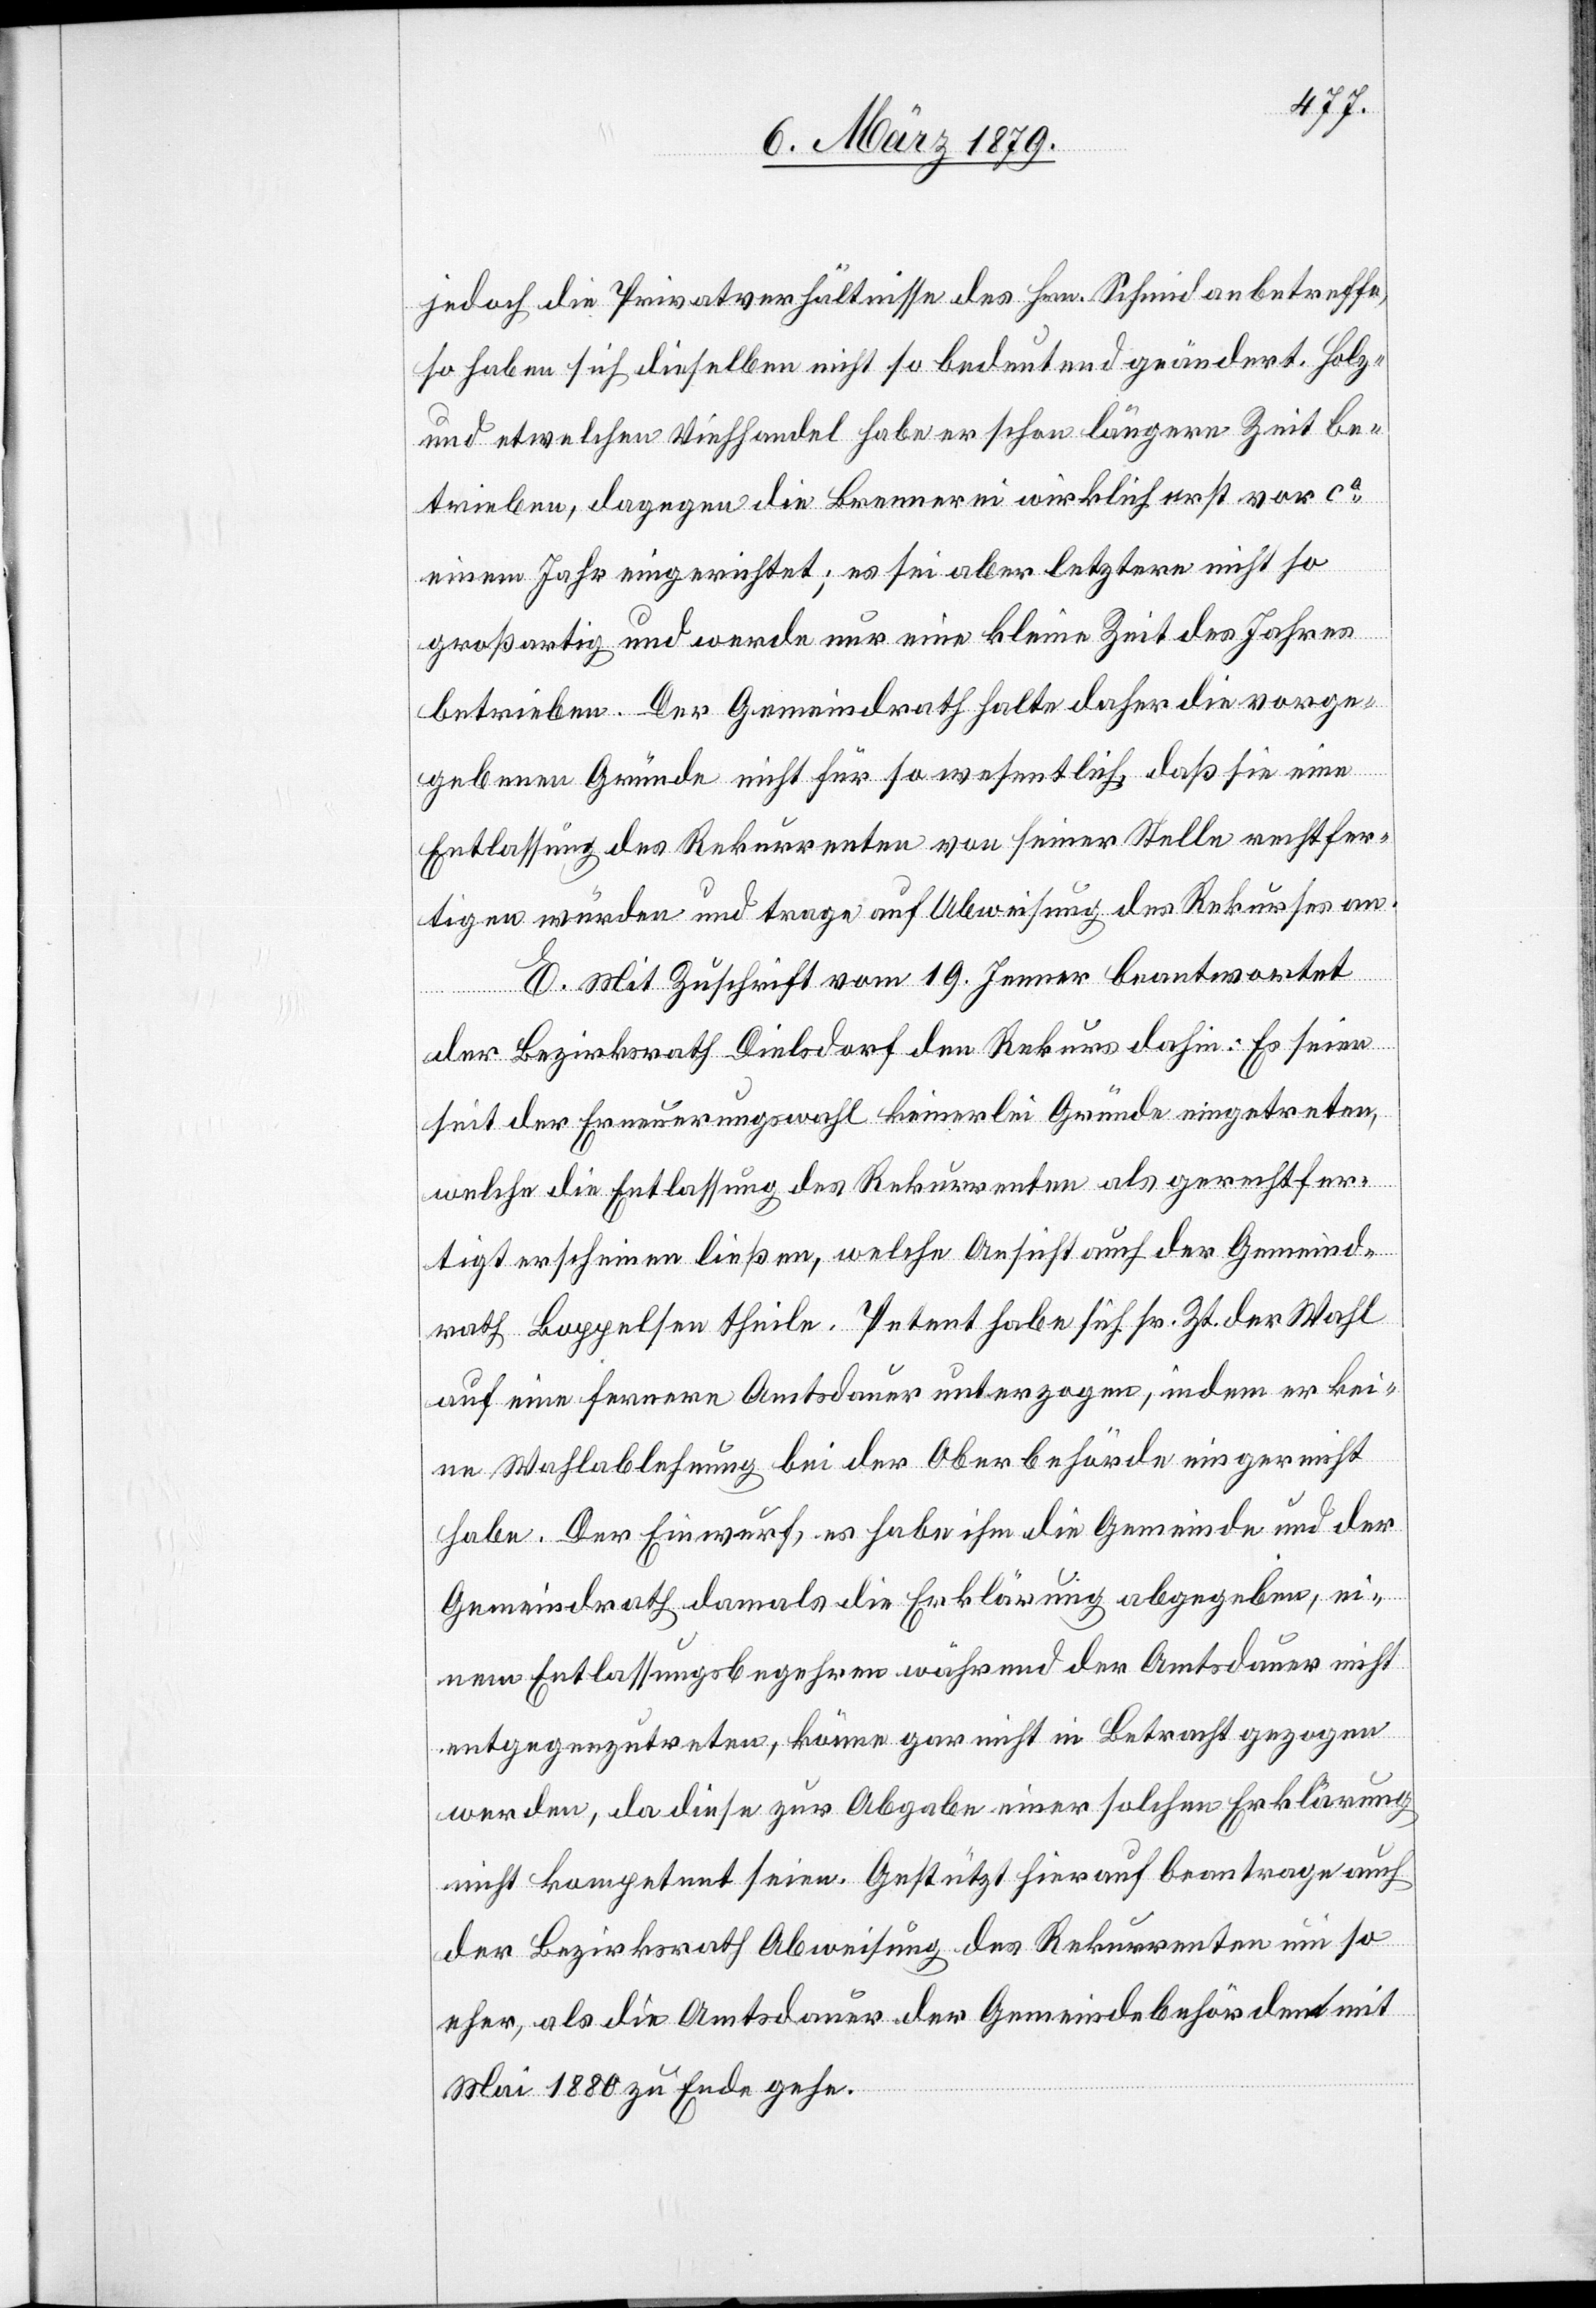
jedoch die Privatverhältnisse des Hrn. Schmid anbetreffe,
so haben sich dieselben nicht so bedeutend geändert. Holz-
und etwelchen Viehhandel habe er schon längere Zeit be¬
trieben, dagegen die Brennerei wirklich erst vor ca
einem Jahr eingerichtet; es sei aber letztere nicht so
großartig und werde nur eine kleine Zeit des Jahres
betrieben. Der Gemeindrath halte daher die vorge¬
gebenen Gründe nicht für so wesentlich, daß sie eine
Entlassung des Rekurrenten von seiner Stelle rechtfer¬
tigen würden und trage auf Abweisung des Rekurses an.
E. Mit Zuschrift vom 19. Jenner beantwortet
der Bezirksrath Dielsdorf den Rekurs dahin: Es seien
seit der Erneuerungswahl keinerlei Gründe eingetreten,
welche die Entlassung des Rekurrenten als gerechtfer¬
tigt erscheinen ließen, welche Ansicht auch der Gemeind¬
rath Boppelsen theile. Petent habe sich sr. Zt. der Wahl
auf eine fernere Amtsdauer unterzogen, indem er kei¬
ne Wahlablehnung bei der Oberbehörde eingereicht
habe. Der Einwurf, es habe ihm die Gemeinde und der
Gemeindrath damals die Erklärung abgegeben, ei¬
nem Entlassungsbegehren während der Amtsdauer nicht
entgegenzutreten, könne gar nicht in Betracht gezogen
werden, da diese zur Abgabe einer solchen Erklärung
nicht kompetent seien. Gestützt hierauf beantrage auch
der Bezirksrath Abweisung des Rekurrenten um so
eher, als die Amtsdauer der Gemeindebehörden mit
Mai 1880 zu Ende gehe.